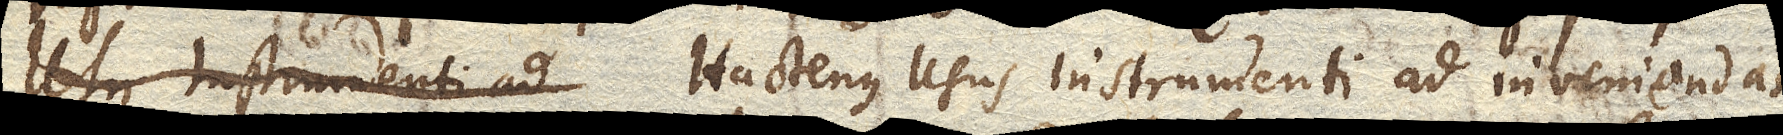
usus Instrumenti ad Hactenus usus Instrumenti ad inveniendas